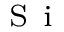
_ \mathrm { ~ S ~ i ~ }